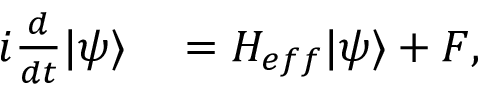
\begin{array} { r l } { i \frac { d } { d t } | \psi \rangle } & { { } = H _ { e f f } | \psi \rangle + F , } \end{array}